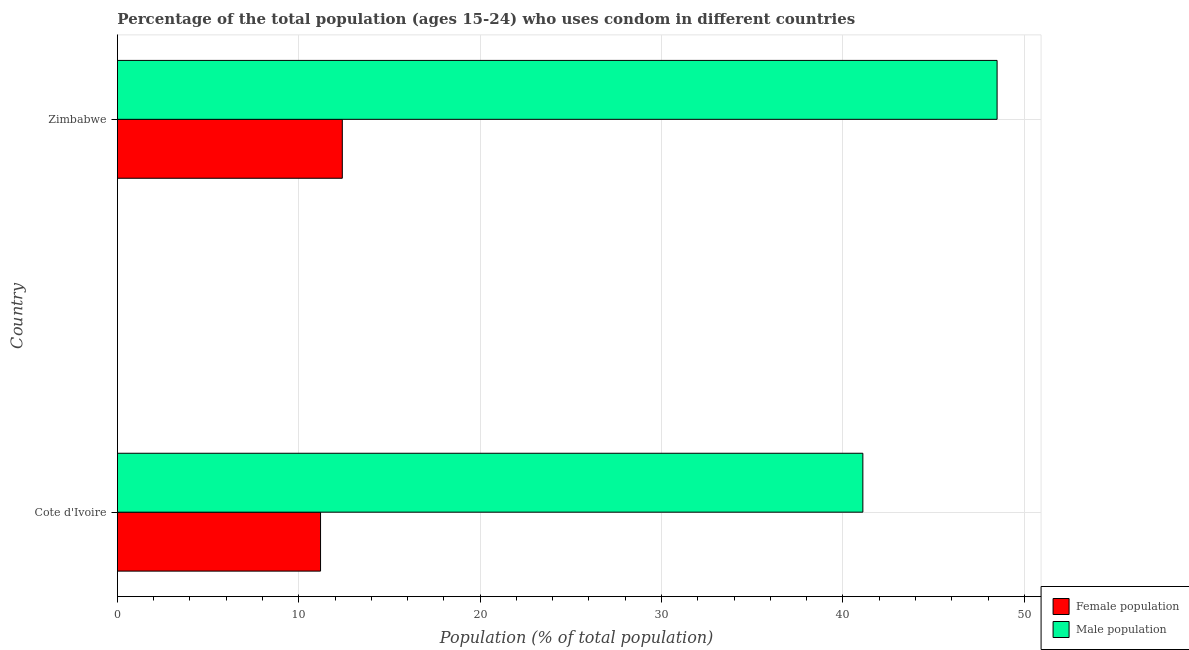
| Country | Female population | Male population |
 | --- | --- | --- |
 | Cote d'Ivoire | 11.2 | 41.1 |
 | Zimbabwe | 12.4 | 48.5 |